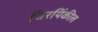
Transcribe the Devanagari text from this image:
चिरयिंकील